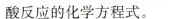
酸反应的化学方程式。